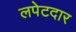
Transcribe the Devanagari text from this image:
लपेटदार